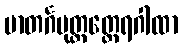
မာတင်္ဂပုတ္တတ္ထေရဂါထာ